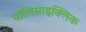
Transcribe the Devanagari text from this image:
पॉलिसाइक्लिक